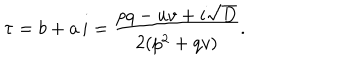
LaTeX: \tau = b + a \, i = \frac { p q - u v + i \sqrt { D } } { 2 ( p ^ { 2 } + q v ) } .